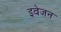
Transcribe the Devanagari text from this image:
इवेजन